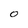
Character: 0